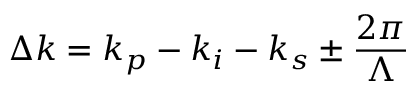
\Delta k = k _ { p } - k _ { i } - k _ { s } \pm \frac { 2 \pi } { \Lambda }